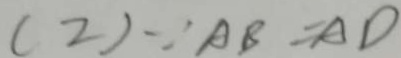
( 2 ) \because A B = A D